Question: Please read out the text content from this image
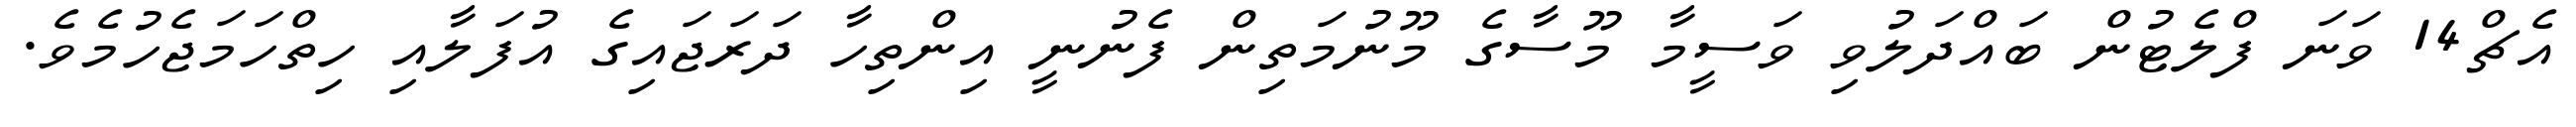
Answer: އެޗް14 ވަނަ ފްލެޓުން ބައްދަލުވި ވަސީމާ މޫސާގެ މޫނުމަތިން ފެނުނީ އިންތިހާ ދަރަޖައިގެ އުފަލާއި ހިތްހަމަޖެހުމެވެ.